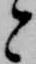
と